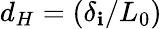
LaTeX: d_{H}=(\delta_{\mathbf{i}}/L_{0})